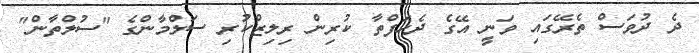
ދެ ދުވަސް ތެރޭގައި ވަނީ އޭގެ ދެހަފްތާ ކުރިން ރިލިޒްކުރި ސަލްމާންގެ "ސުލްތާން"